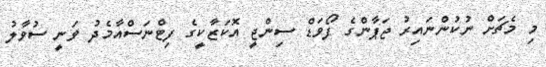
މި މެޗަށް ނުކުންނައިރު ޖަޕާންގެ ފޯވަޑް ސިންޖީ އޮކަޒާކީގެ ފިޓްނަސްއާމެދު ވަނީ ސުވާލުު